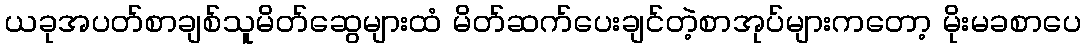
ယခုအပတ်စာချစ်သူမိတ်ဆွေများထံ မိတ်ဆက်ပေးချင်တဲ့စာအုပ်များကတော့ မိုးမခစာပေ